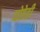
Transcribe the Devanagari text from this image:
घोडेही